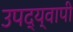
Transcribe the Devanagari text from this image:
उपद्य्वापी